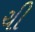
ચી